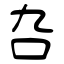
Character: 叴